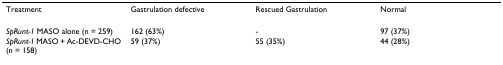
| Treatment | Gastrulation defective | Rescued Gastrulation | Normal |
 | --- | --- | --- | --- |
 | SpRunt-1 MASO alone (n = 259) | 162 (63%) | - | 97 (37%) |
 | SpRunt-1 MASO + Ac-DEVD-CHO (n = 158) | 59 (37%) | 55 (35%) | 44 (28%) |